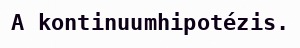
A kontinuumhipotézis.